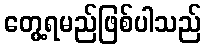
တွေ့ရမည်ဖြစ်ပါသည်